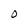
Character: O